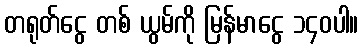
တရုတ်ငွေ တစ် ယွမ်ကို မြန်မာငွေ ၁၄၀ပါ။